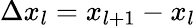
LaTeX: \Delta x_{l}=x_{l+1}-x_{l}